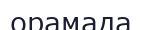
орамада